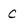
Character: c